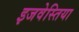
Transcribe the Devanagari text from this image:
इजवेस्तिया